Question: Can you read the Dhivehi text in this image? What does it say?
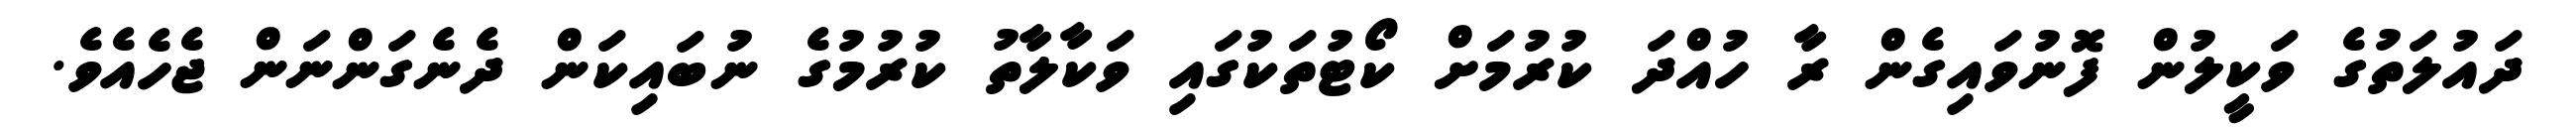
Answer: ދައުލަތުގެ ވަކީލުން ފޮނުވައިގެން ރާ ހުއްދަ ކުރުމަށް ކޯޓުތަކުގައި ވަކާލާތު ކުރުމުގެ ނުބައިކަން ދެނެގަންނަން ޖެހެއެވެ.